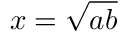
x = { \sqrt { a b } }